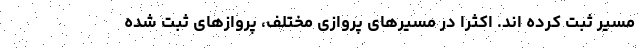
مسیر ثبت کرده اند. اکثرا در مسیرهای پروازی مختلف، پروازهای ثبت شده